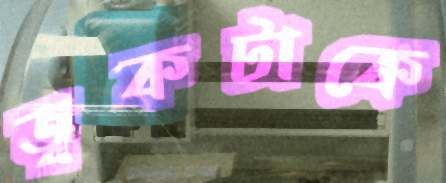
ত্বকটাকে